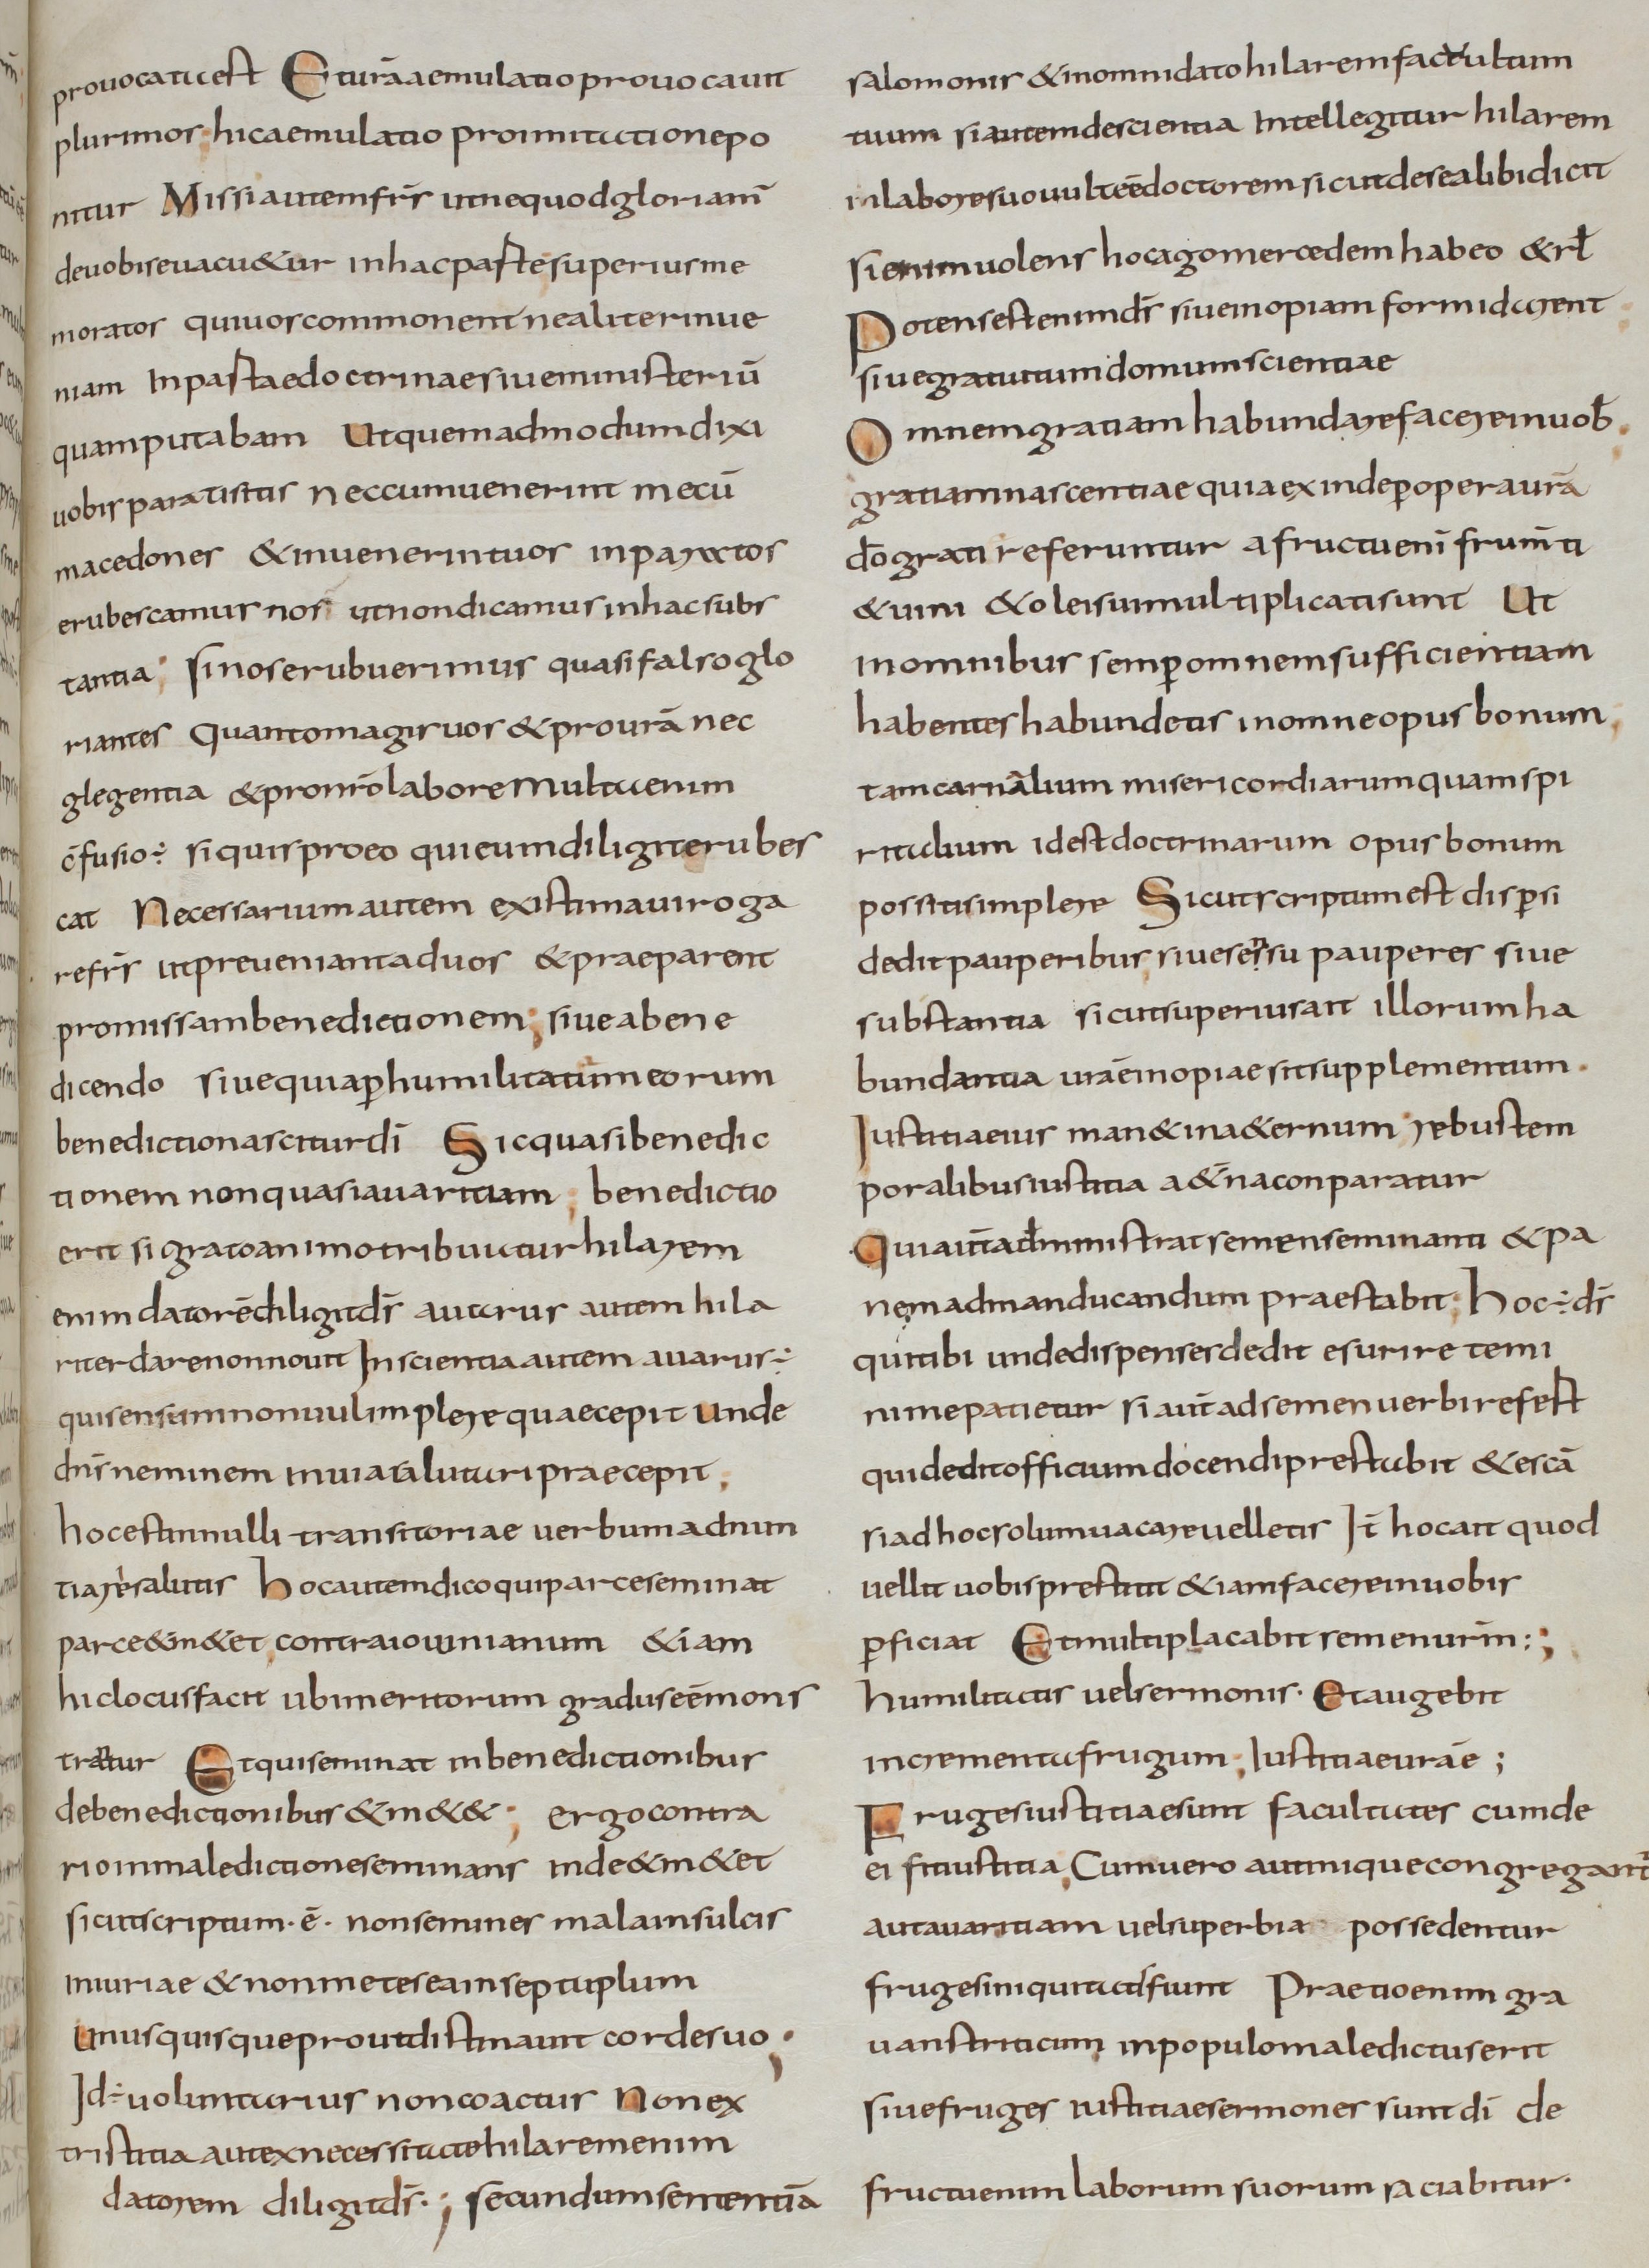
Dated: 800–830